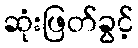
ဆုံးဖြတ်ခွင့်